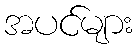
အပင်များ